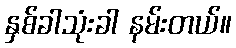
နှစ်ခါသုံးခါ နမ်းတယ်။